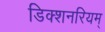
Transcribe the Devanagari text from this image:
डिक्शनरियम्